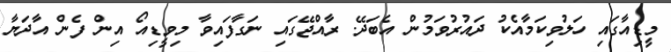
މީޑިއާގައި ހަލުވިކަމާއެކު ދައުރުވަމުން އެބަދޭ. ރާއްޖޭގައި ނަގާފައިވާ މިވީޑިއޯ އިން ފެން އާދަޔާ